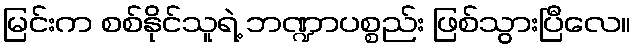
မြင်းက စစ်နိုင်သူရဲ့ ဘဏ္ဍာပစ္စည်း ဖြစ်သွားပြီလေ။